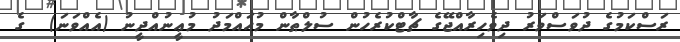
ރަސްކަމުގެ ދުވަސްވަރު ދިވެހިރާއްޖޭގެ ޗާޓްކުރެހުން ސުލްޠާން މުޙައްމަދު މުޢީނުއްދީނު (އެއްވަނަ)  ގެ